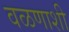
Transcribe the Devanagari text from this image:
वळणाशी